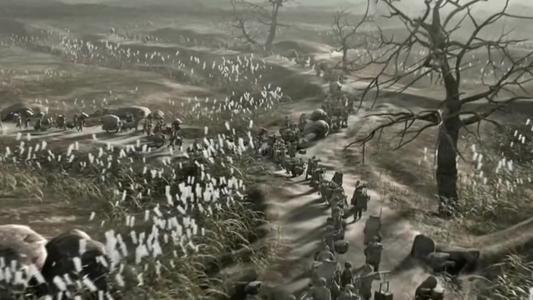
兴，百姓苦亡，百姓苦！